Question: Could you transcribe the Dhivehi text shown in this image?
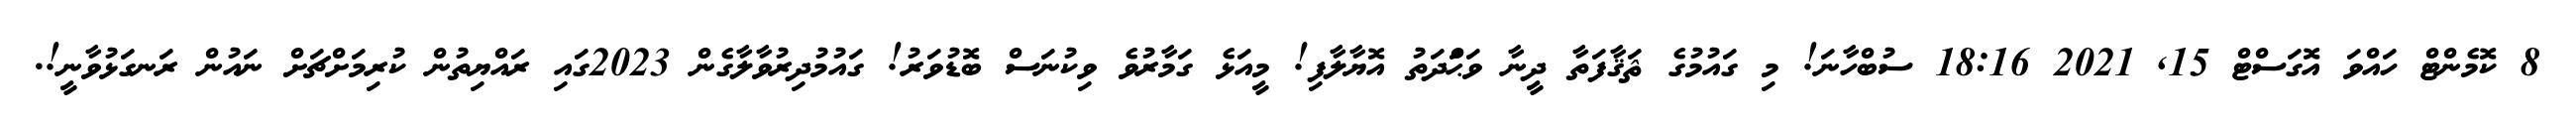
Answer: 8 ކޮމެންޓް ހައްވަ އޮގަސްޓް 15, 2021 18:16 ސުބްހާނަ! މި ގައުމުގެ ޘަޤާފަތާ ދީނާ ވަޙްަދަތު އޮޔާލާފި! މީއަޅެ ގަމާރުވެ ވިކުނަސް ބޮޑުވަރު! ގައުމުދިރުވާލާގެން 2023ގައި ރައްޔިތުން ކުރިމަށްޗަށް ނައުން ރަނގަޅުވާނީ!.